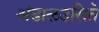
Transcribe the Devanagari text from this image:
अंडालउसिते